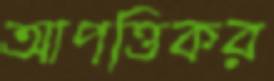
আপত্তিকর